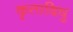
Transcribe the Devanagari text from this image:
कृतादिषु